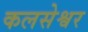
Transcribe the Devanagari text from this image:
कलसेश्वर